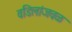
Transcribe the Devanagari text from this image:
वडिलांजवळ